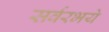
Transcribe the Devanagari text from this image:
सर्वरभये